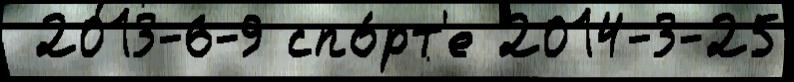
 2013-6-9 спо́рт'е 2014-3-25